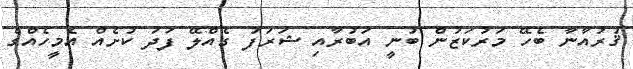
ޤުރުއާނާ ބެހޭ މަރުކަޒުން ބުނީ އަބުރާއި ޝަރަފު ގެއްލޭ ފަދަ ކުށެއް އެމީހެއްގެ